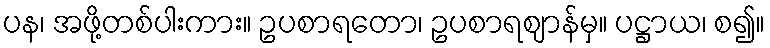
ပန၊ အဖို့တစ်ပါးကား။ ဥပစာရတော၊ ဥပစာရဈာန်မှ။ ပဋ္ဌာယ၊ စ၍။